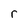
Character: r